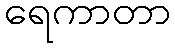
ရေကာတာ